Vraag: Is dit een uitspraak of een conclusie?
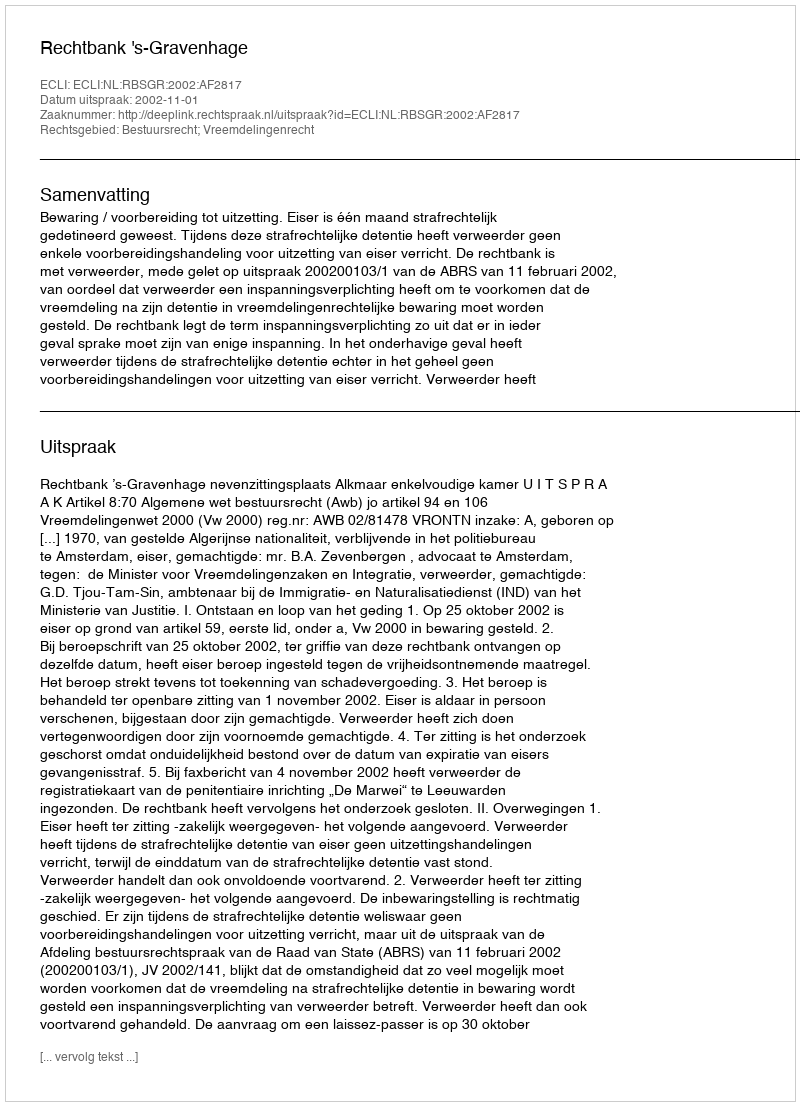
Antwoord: Uitspraak